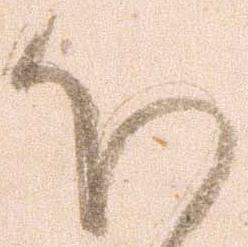
ほ